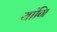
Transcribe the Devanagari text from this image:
यांगि